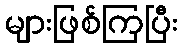
များဖြစ်ကြပြီး